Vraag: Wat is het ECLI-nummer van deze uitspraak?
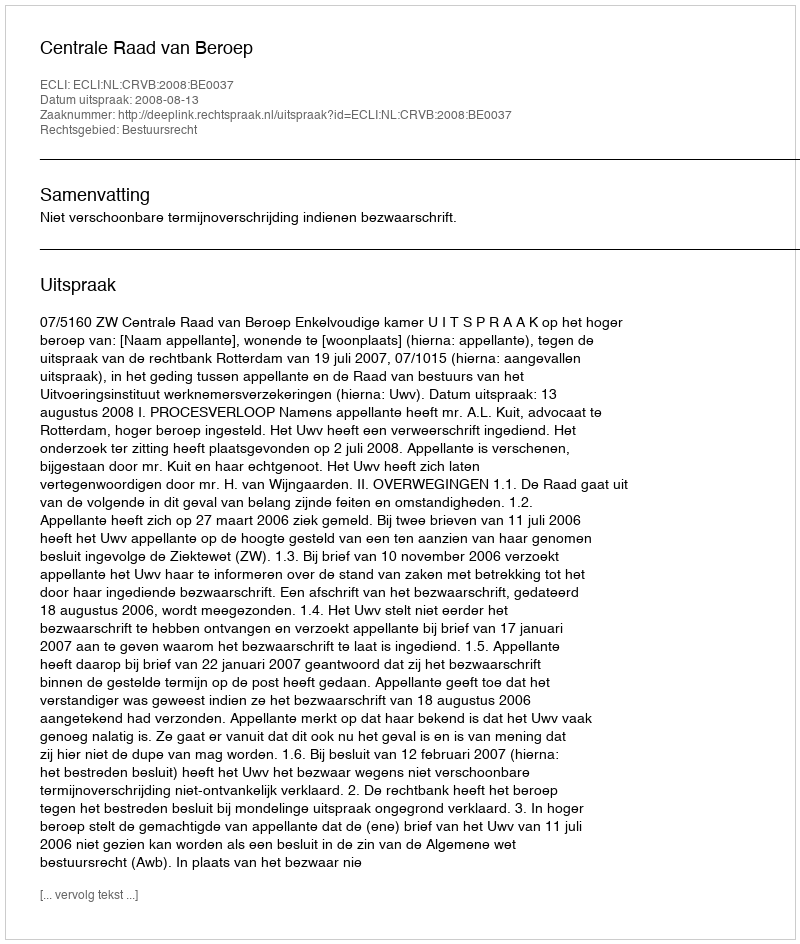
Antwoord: ECLI:NL:CRVB:2008:BE0037